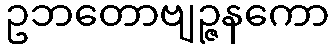
ဥဘတောဗျဉ္ဇနကော